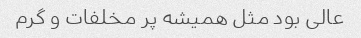
عالی بود مثل همیشه پر مخلفات و گرم